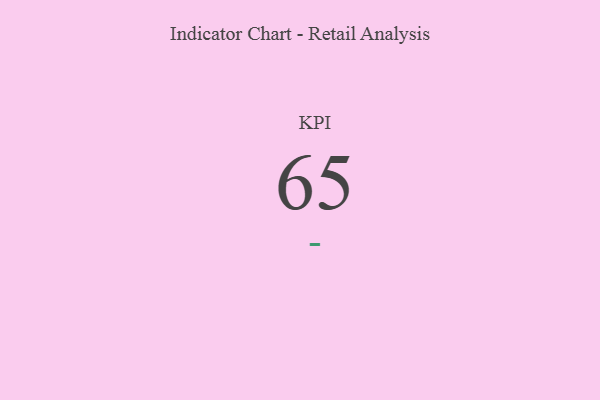
{"axis": {"x": "KPI", "y": "Value"}, "legend": [""], "data": [{"x": "KPI", "y": 65, "type": ""}]}